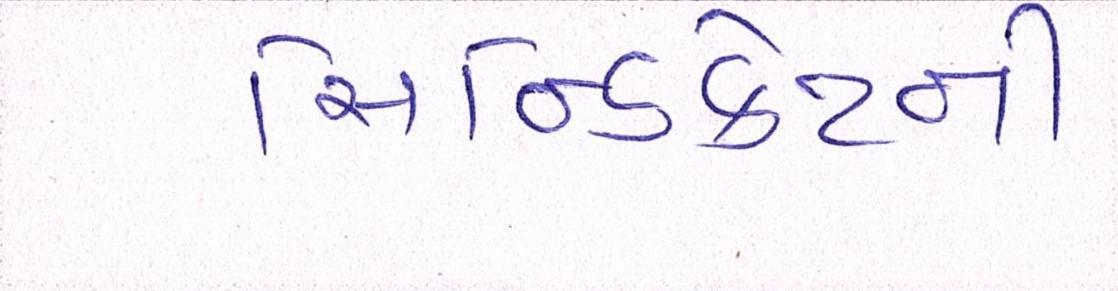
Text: સિન્ડિકેટની